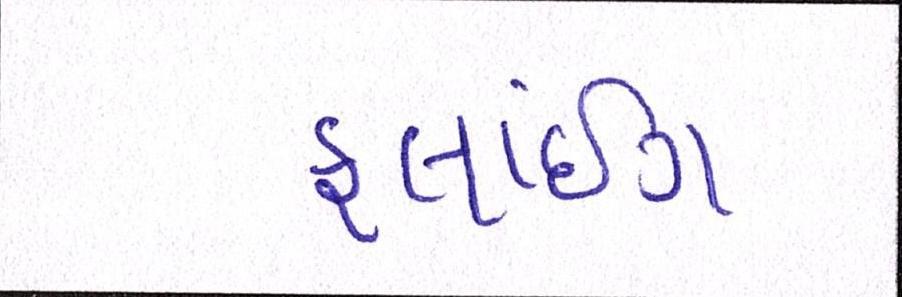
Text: ફ્લાઇંગ